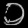
Digit: ၁